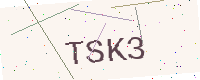
Text: TSK3